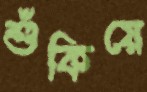
শুঁকিয়ে